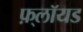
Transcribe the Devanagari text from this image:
फ़्लॉयड